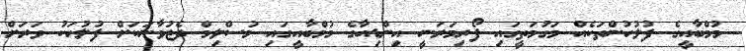
މުމްބާއީގެ ފުލުހުންތަކެއް މަގުމަތީގައި ފޯރިމަރަނީ އިންޑިއާގެ މުމްބާއީގައި މުސްލިމް ދެޒުވާނަކަށް ފުލުހަކު ވަރަށް